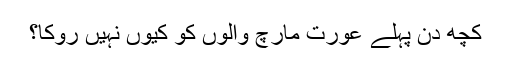
کچھ دن پہلے عورت مارچ والوں کو کیوں نہیں روکا؟